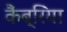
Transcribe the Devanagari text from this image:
कैंब्रिया